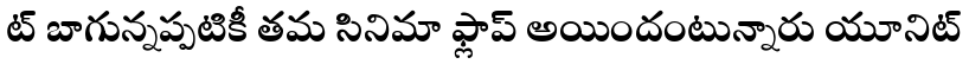
ట్ బాగున్నప్పటికీ తమ సినిమా ఫ్లాప్ అయిందంటున్నారు యూనిట్